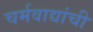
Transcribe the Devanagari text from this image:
चर्मवाद्यांची